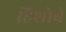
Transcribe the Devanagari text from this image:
हिशोबे